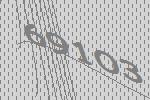
69103